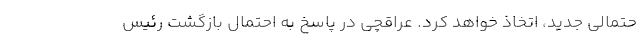
حتمالی جدید، اتخاذ خواهد کرد. عراقچی در پاسخ به احتمال بازگشت رئیس